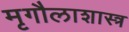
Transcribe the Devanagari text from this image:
मृगौलाशास्त्र